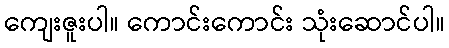
ကျေးဇူးပါ။ ကောင်းကောင်း သုံးဆောင်ပါ။